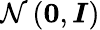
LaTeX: \mathcal{N}\left(\mathbf{0},\boldsymbol{I}\right)